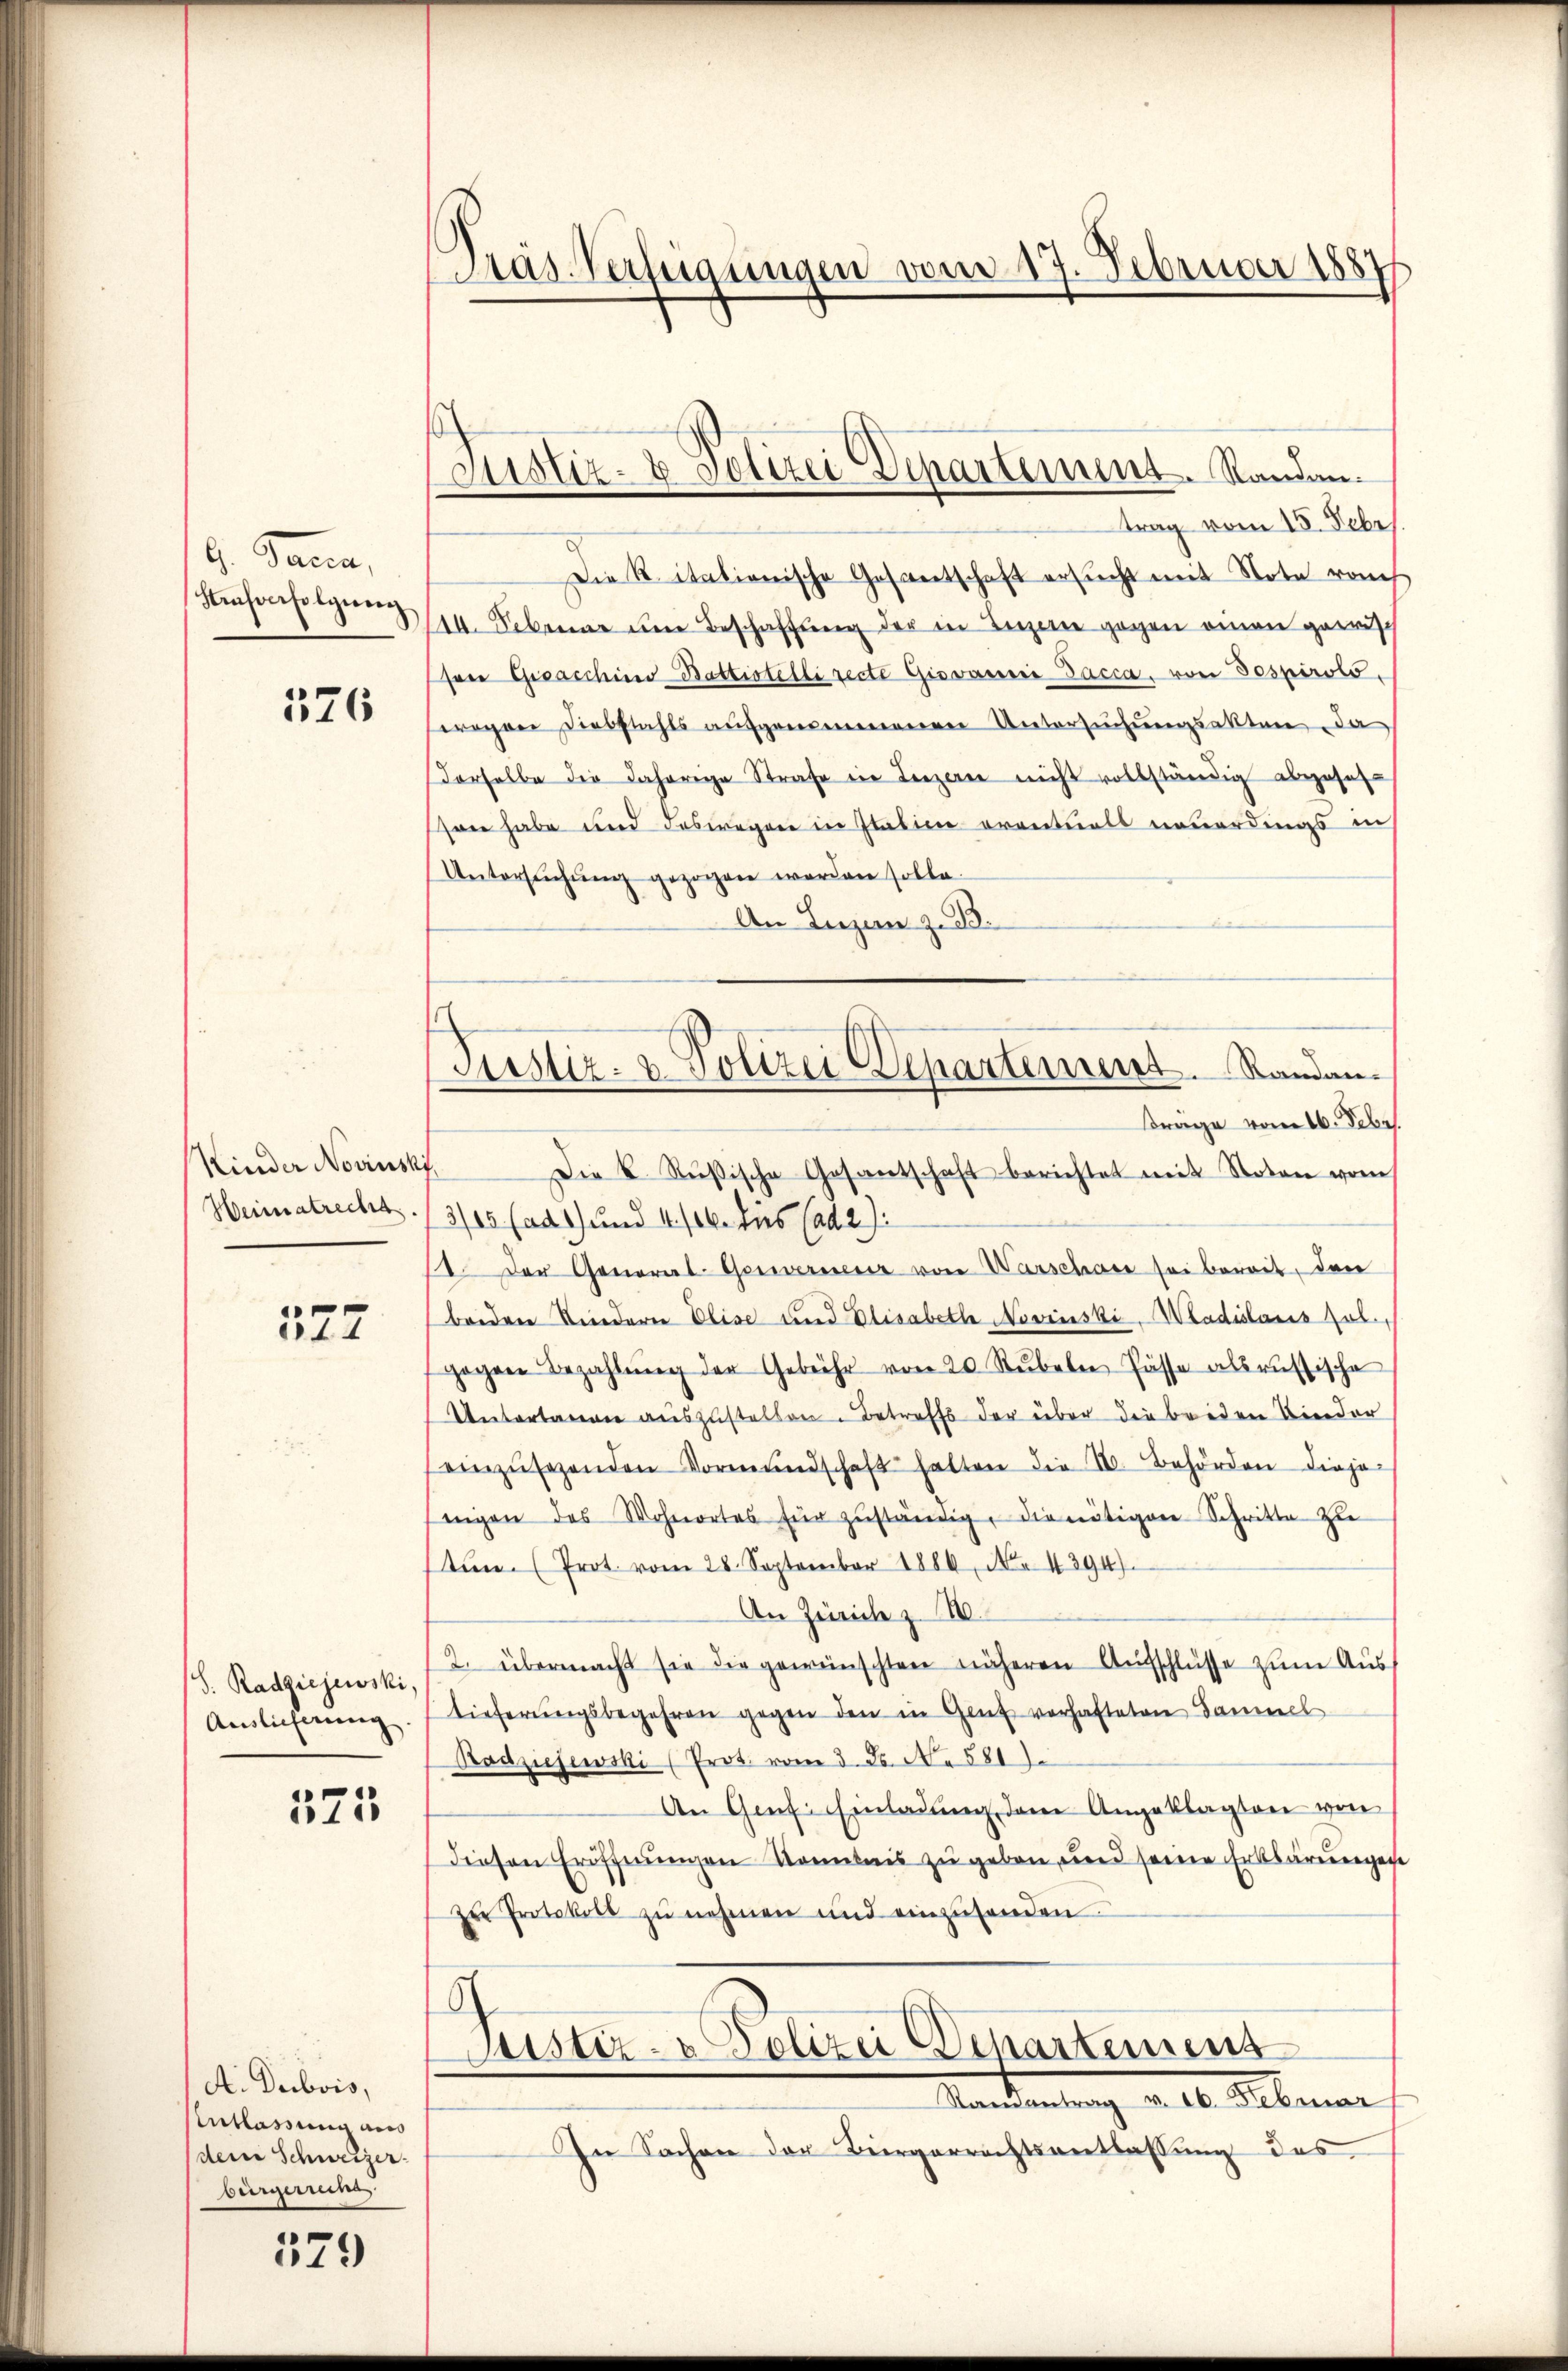
G. Sarca,
Strafverfolgerey

526

Kinder Novinsk
Heimatrecht.

577

S. Radziejewski,
Anslicherung.

371

A. Dubois,
Entlassung aus
dem Schweizer-
bürgerrena

579

Tras Verfügungen vom 17. Februar 1887

Justiz- & Polizei Departement. Standen.

Justiz- & Polizei Departement. Randan¬
Frage vom 16. Febr

trag vom 15. Febr.
Die Ritationische Gesandtschaft ersucht mit Note rauch
14. Februar um Beschaffung der in Luzern gegen amen gewis
sen Gisacchino Battistelli recte Giovanić-Dacca, von Gospirolo.
wegen Diebstahls aufgenommenen Untersuchungsakten da
derhalbe die daherige Strafe ein Luzern nicht vollständig abzusehe
son habe und deswegen in Italien eventuals neuerdings in
Untersŭchŭng gezogen worden solle.
An Luzen z. B.
Die K. Rußische Gesantschaft berichtet mit Stoton vom
3/15 (ad1) und 4./26. dies ad 2).
11. Der General-Gerwerneuer von Warschäre sei bereit, den
beiden Kinderer Elise und Elisabeth NNovinski, Madislaus Jul.,
gegen Bezahlŭng der Gebühr von 20 Rŭbeln Pässe als russische
Untertanen auszustellen. Betreffs der über die beiden Kinder
einzŭsehenden Vormundschaft hatten die 2. Behörden dieje
enigen des Wohnortes für zŭständig, die nötigen Schritte zu
tŭn (Prot. vom 28. September 1880, No. 4394).
An Zürich z. B.
2. übermacht sie die gewünschten näheren Aufschlüsse zum Austieferungsbegehren gegen den in Genf vorhafteten Sammel
Radziehewski (Prot. vom 3. J. No 581.
An Genf Einladung dem Angeklagten von
diesen Eröffnungen Kontnis zu geben, und seine Erklärungen
zŭ Protokoll zŭ nehmen und einzŭsenden.
h
Cister Polizei Departemens
Kandienung a. 1. Februar
In Sachen der Biergerrechtsentlassung des